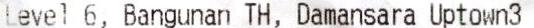
LEVEL 6, BANGUNAN TH, DAMANSARA UPTOWN3